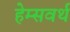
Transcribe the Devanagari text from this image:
हेम्सवर्थ